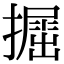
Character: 𢶵